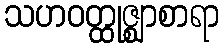
သဟဝတ္ထုဇ္ဈာစာရာ